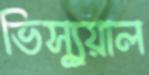
ভিস্যুয়াল